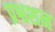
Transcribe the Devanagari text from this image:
प्रश्वशन